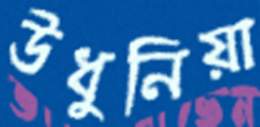
উধুনিয়া